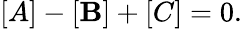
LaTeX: [A]-[\mathbf{B}]+[C]=0.